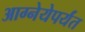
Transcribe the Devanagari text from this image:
आग्नेयेपर्यंत